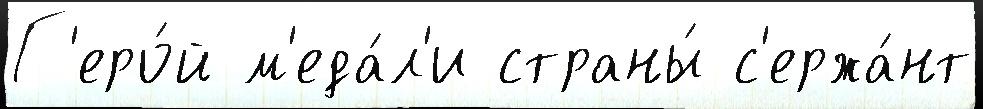
Г'еро́й м'еда́л'и страны́ с'ержа́нт